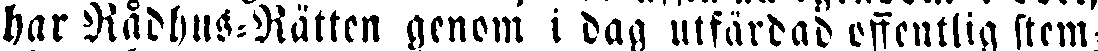
har Rådhus-Rätten genom i dag utfärdad offentlig stem-